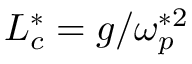
L _ { c } ^ { * } = g / \omega _ { p } ^ { * 2 }